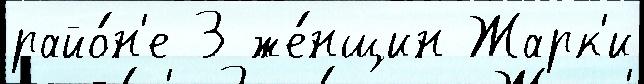
райо́н'е 3 же́нщин Жарк'и